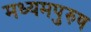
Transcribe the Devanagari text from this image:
मध्‍यमपुरुष